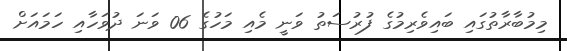
މިމުބާރާތުގައި ބައިވެރިމުގެ ފުރުސަތު ވަނީ މެއި މަހުގެ 06 ވަނަ ދުވަހާއި ހަމައަށް